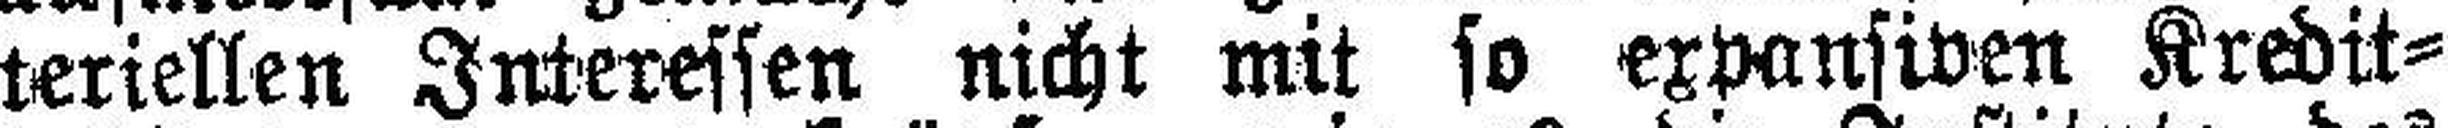
teriellen Interessen nicht mit so expansiven Kredit¬